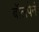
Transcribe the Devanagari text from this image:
बॉलपेनं